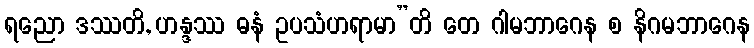
ရညော ဒဿတိ, ဟန္ဒဿ ဓနံ ဥပသံဟရာမာ”တိ တေ ဂါမဘာဂေန စ နိဂမဘာဂေန